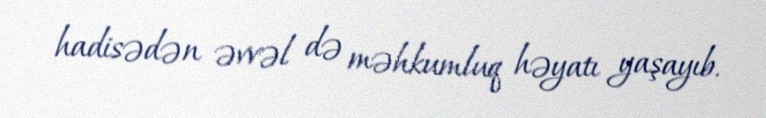
hadisədən əvvəl də məhkumluq həyatı yaşayıb.